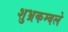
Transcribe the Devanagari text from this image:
शुभ्रकम्बले